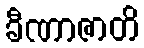
ခီဏာဇာတိ